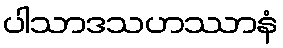
ပါသာဒသဟဿာနံ